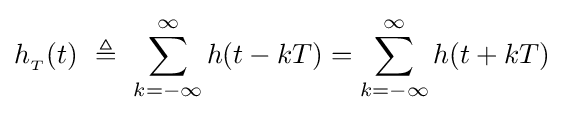
h_{_{T}}(t)\ \triangleq \ \sum _{k=-\infty }^{\infty }h(t-kT)=\sum _{k=-\infty }^{\infty }h(t+kT)